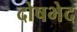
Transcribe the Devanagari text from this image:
दोषभेद